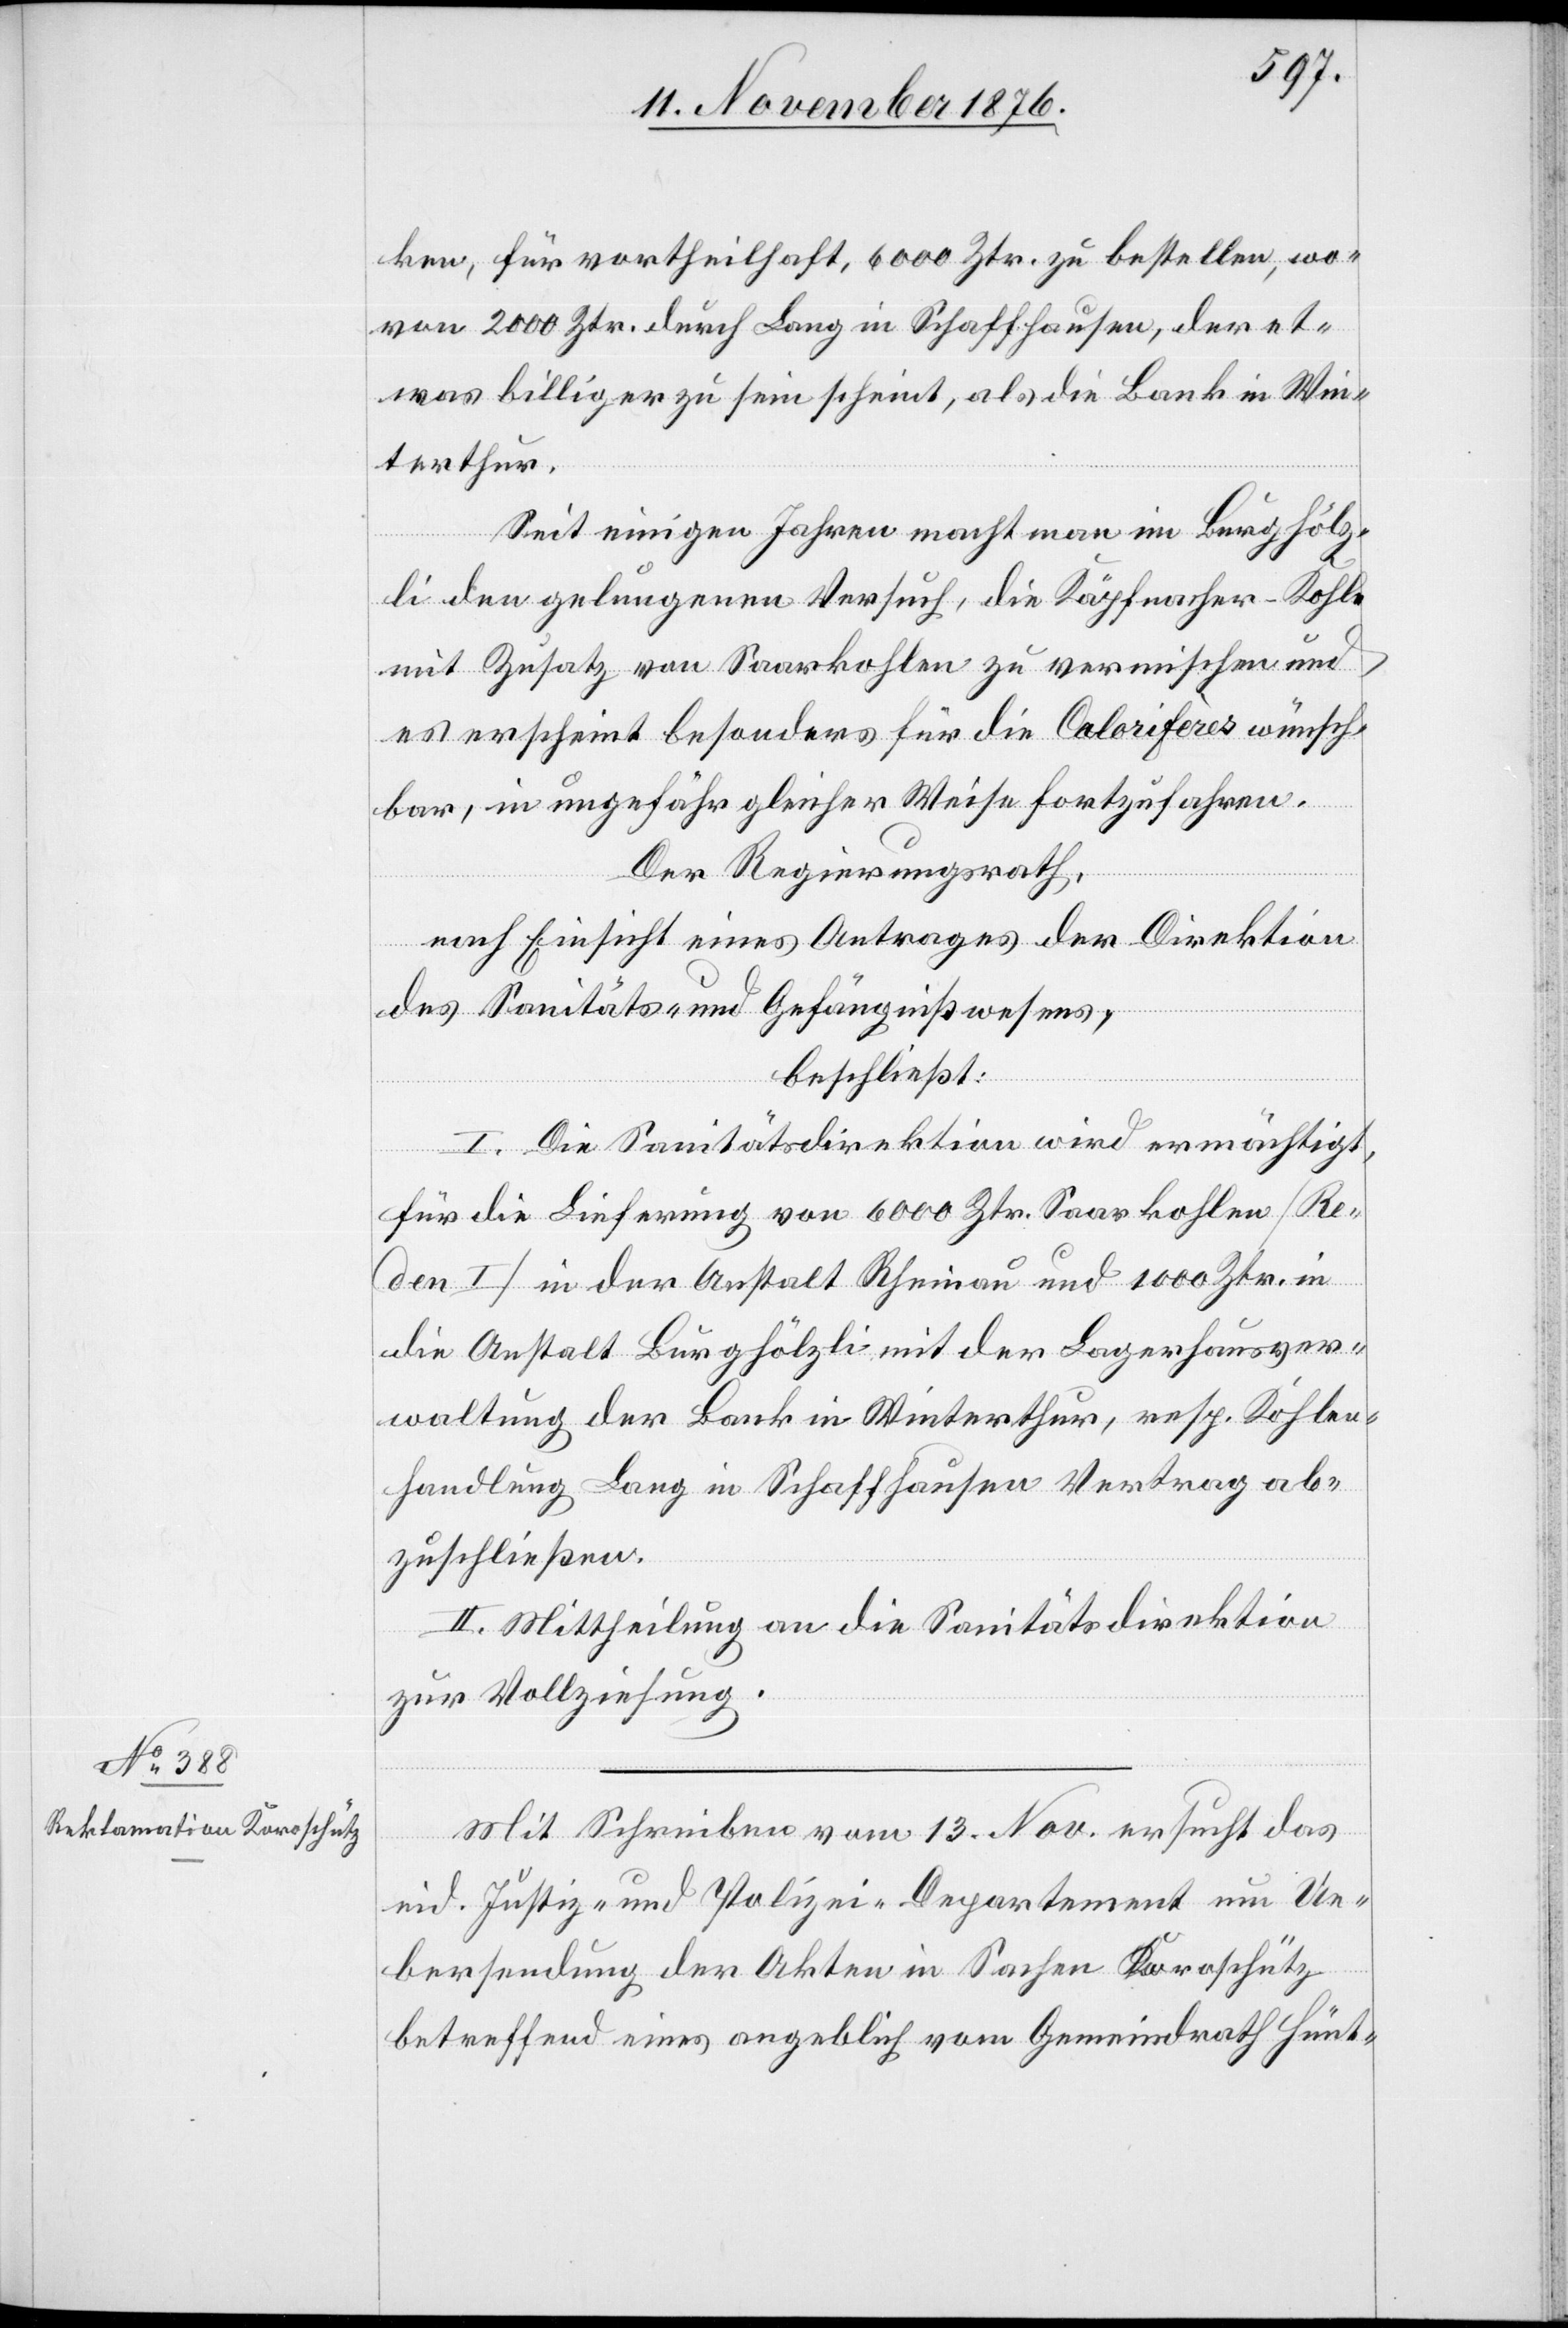
13. November 1876.]
ken, für vortheilhaft, 6000 Ztr. zu bestellen, wo¬
von 2000 Ztr. durch Lang in Schaffhausen, der et¬
was billiger zu sein scheint, als die Bank in Win¬
terthur.
Seit einigen Jahren macht man im Burghölz¬
li den gelungenen Versuch, die Käpfnacher-Kohle
mit Zusatz von Saarkohlen zu vermischen und
es erscheint besonders für die Calorifères wünsch¬
bar, in ungefähr gleicher Weise fortzufahren.
Der Regierungsrath,
nach Einsicht eines Antrages der Direktion
des Sanitäts- und Gefängnißwesens,
beschließt:
I. Die Sanitätsdirektion wird ermächtigt,
für die Lieferung von 6000 Ztr. Saarkohlen [Re¬
den I] in der Anstalt Rheinau und 1000 Ztr. in
die Anstalt Burghölzli mit der Lagerhausver¬
waltung der Bank in Winterthur, resp. Kohlen¬
handlung Lang in Schaffhausen Vertrag ab¬
zuschließen
II. Mittheilung an die Sanitätsdirektion
zur Vollziehung.
Mit Schreiben vom 13. Nov. ersucht das
eid. Justiz- und Polizei-Departement um Ue¬
bersendung der Akten in Sachen Koroschütz
betreffend eines angeblich vom Gemeindrath Hünt-